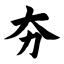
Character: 夯